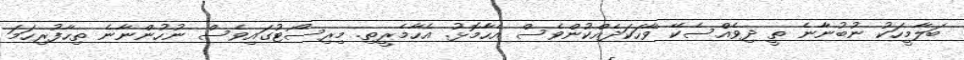
ބަލާމީހަކު ނުބުނާނެ ތީ ދިވެއްސެކޭ ވާހަކަދެއްކުންވެސް އެހާމޮޅު. އެހާމެރީތި. މިރިސޯޓުގައިވެސް ނުހުންނާނެ ތިހާފުރިހަމަ